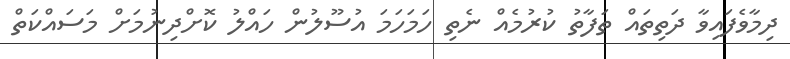
ދިމާވެފައިވާ ދަތިތައް ތަފާތު ކުރުމެއް ނެތި ހަމަހަމަ އުސޫލުން ހައްލު ކޮށްދިނުމަށް މަސައްކަތް